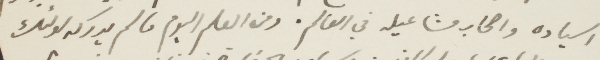
اسياده واصحاب مشاعيله في العالم. ومن العلم اليوم ما لم يدركه اولئك